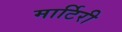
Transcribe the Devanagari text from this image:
मार्टिरी